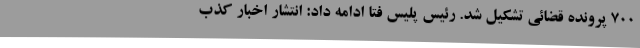
700 پرونده قضائی تشکیل شد. رئیس پلیس فتا ادامه داد: انتشار اخبار کذب